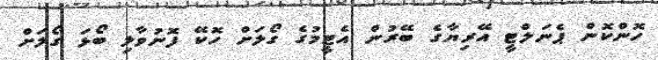
ހޮންކޮން ޕެނަލްޓީ އޭރިޔާގެ ބޭރުން އެޓީމުގެ ގޯލަށް ހޮކޭ ފޮނުވާލި ބޯޅަ ގޯލަށް